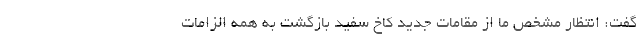
گفت: انتظار مشخص ما از مقامات جدید کاخ سفید بازگشت به همه الزامات